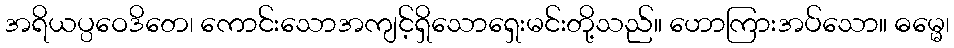
အရိယပ္ပဝေဒိတေ၊ ကောင်းသောအကျင့်ရှိသောရှေးမင်းတို့သည်။ ဟောကြားအပ်သော။ ဓမ္မေ၊